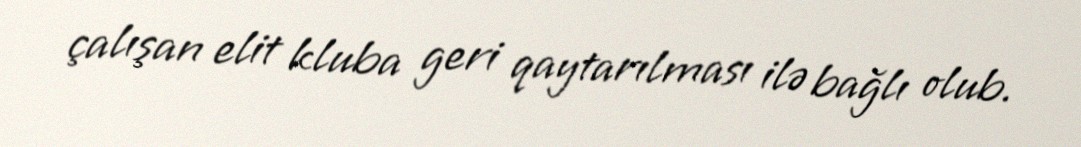
çalışan elit kluba geri qaytarılması ilə bağlı olub.